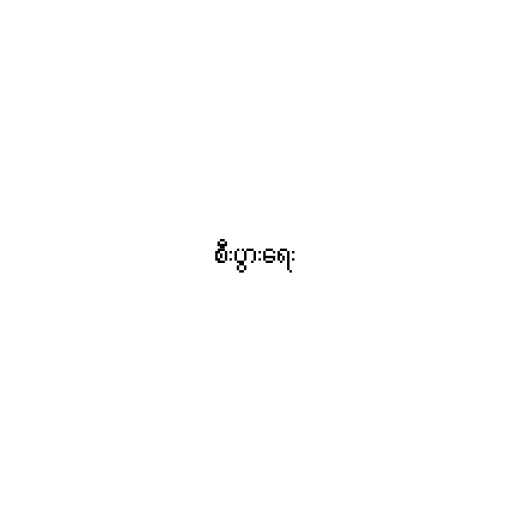
စီးပွားရေး